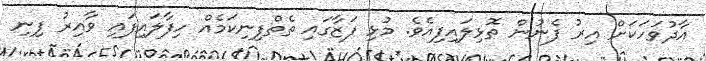
އާދުވަހަކަށް އިރު ފެނުން ތޮޅިލައިފިއެވެ. މުޅި ފަޒާގައި ތެތްފިނިކަމެއް ހިފާލައިފައި ވާއިރު ފިނި